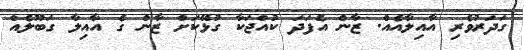
ގަދަރުވެރި އާއިލާއެއް. ޒާން އެފަދަ ކުއްޖަކާ ގުޅޭކަށް ޒާން ގެ އާއިލާ ގަބޫލެއް